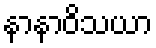
နာနာဝိသယာ